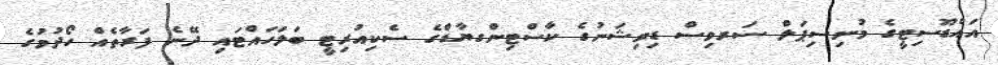
އައްޑޫސިޓީގެ މުނިސިޕަލް ސަރވިސް ޑިވިޝަނުގެ ކާސްޓިންގޔާޑްގެ ސެކިއުރިޓީ ބަލަހައްޓައި ދޭނެ ފަރާތެއް ހޯދުމުގެ